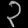
Digit: ၃